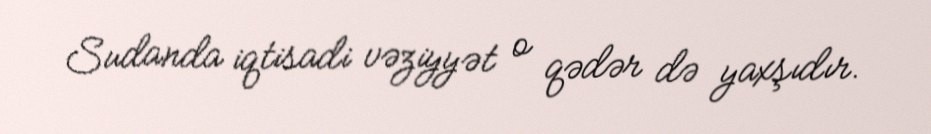
Sudanda iqtisadi vəziyyət o qədər də yaxşıdır.